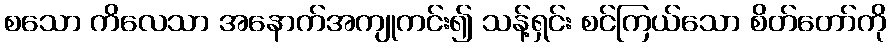
စသော ကိလေသာ အနောက်အကျုကင်း၍ သန့်ရှင်း စင်ကြယ်သော စိတ်တော်ကို